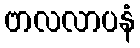
ဗာလလာပနံ